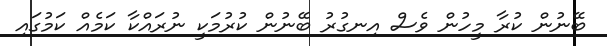
ބޭނުން ކުރާ މީހުން ވެސް އިނގުރު ބޭނުން ކުރުމަކީ ނުރައްކާ ކަމެއް ކަމުގައި